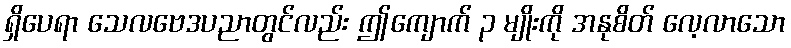
ရှိပေရာ သေလဗေဒပညာတွင်လည်း ဤကျောက် ၃ မျိုးကို အနုစိတ် လေ့လာသော